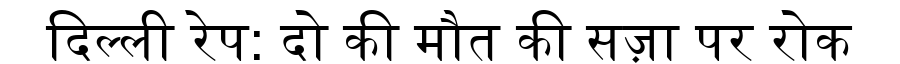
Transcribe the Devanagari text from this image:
दिल्ली रेप: दो की मौत की सज़ा पर रोक